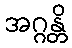
အဂ္ဂန္တိ